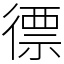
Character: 徱